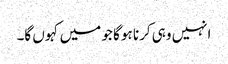
انہیں وہی کرنا ہو گا جو میں کہوں گا۔